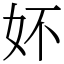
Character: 妚